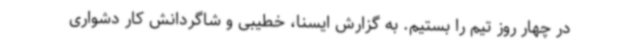
در چهار روز تیم را بستیم. به گزارش ایسنا، خطیبی و شاگردانش کار دشواری